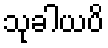
သုခါယပိ